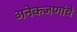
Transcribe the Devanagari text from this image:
अनेकजणांचे